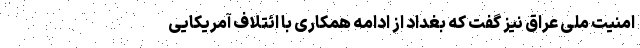
امنیت ملی عراق نیز گفت که بغداد از ادامه همکاری با ائتلاف آمریکایی